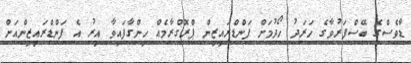
ޑާވެސްގެ ބޭސްފަރުވާގެ ހަރަދު ހޯދުމަށް ފަންޑްރައިޒިން ޕްރޮގްރާމެއް ހިންގާފައިވާ އިރު އެ ފަންޑްރައިޒިންއަށް